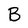
Character: B